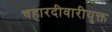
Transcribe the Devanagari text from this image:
चहारदीवारीयुक्त